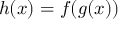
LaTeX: h ( x ) = f ( g ( x ) )